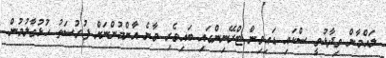
ލައްމާން ވިދާޅުވީ ސްކައި ޑައިވިން ޓްރޭނިންގައި ބައިވެރި ވާނެ އާންމުންނަށް ފުރުސަތު ހުޅުވާލުމުން